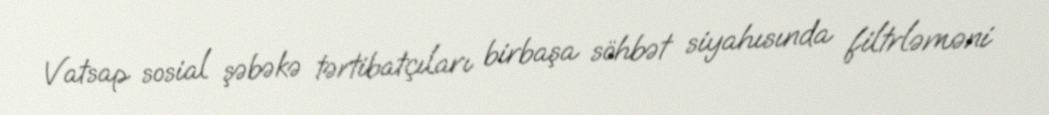
Vatsap sosial şəbəkə tərtibatçıları birbaşa söhbət siyahısında filtrləməni